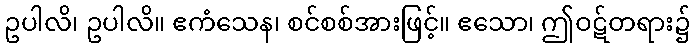
ဥပါလိ၊ ဥပါလိ။ ဧကံသေန၊ စင်စစ်အားဖြင့်။ ဧသော၊ ဤဝဋ်တရား၌